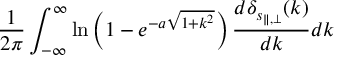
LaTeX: \frac { 1 } { 2 \pi } \int _ { - \infty } ^ { \infty } \ln \left( 1 - e ^ { - a \sqrt { 1 + k ^ { 2 } } } \right) \frac { d \delta _ { s _ { \parallel , \perp } } ( k ) } { d k } d k